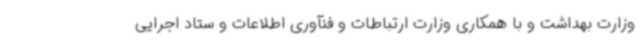
وزارت بهداشت و با همکاری وزارت ارتباطات و فنآوری اطلاعات و ستاد اجرایی